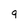
Character: q